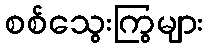
စစ်သွေးကြွများ